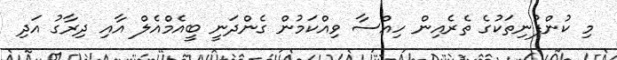
މި ކުންފުނިތަކުގެ ތެރެއިން ހިއްސާ ވިއްކަމުން ގެންދަނީ ބީއެމްއެލް އާއި ދިރާގު އަދި